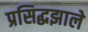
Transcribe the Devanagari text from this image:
प्रसिद्धझाले